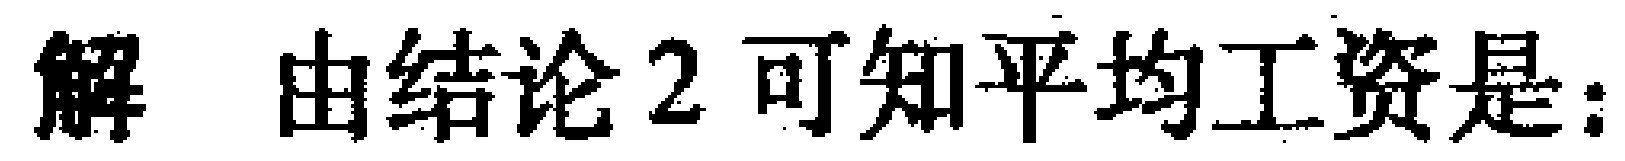
解 由结论2可知平均工资是：